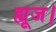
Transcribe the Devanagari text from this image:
ह्यूज।